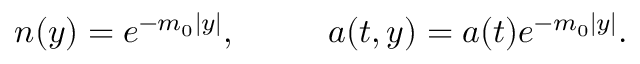
n ( y ) = e ^ { - m _ { 0 } | y | } , \ \ \ \ \ \ \ \ a ( t , y ) = a ( t ) e ^ { - m _ { 0 } | y | } .